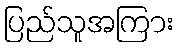
ပြည်သူအကြား